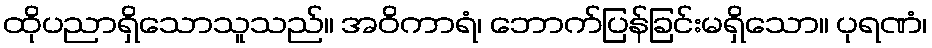
ထိုပညာရှိသောသူသည်။ အဝိကာရံ၊ ဘောက်ပြန်ခြင်းမရှိသော။ ပုရဏံ၊